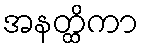
အနတ္ထိကာ